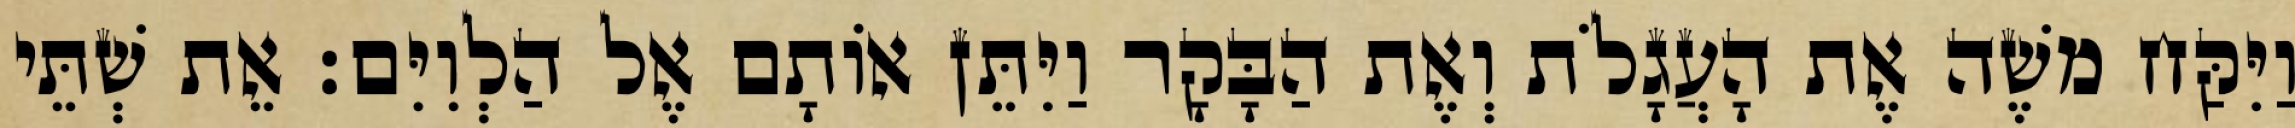
וַיִּקַּח משֶׁה אֶת הָעֲגָלֹת וְאֶת הַבָּקָר וַיִּתֵּן אוֹתָם אֶל הַלְוִיִּם׃ אֵת שְׁתֵּי